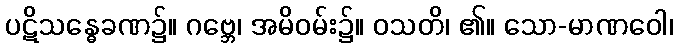
ပဋိသန္ဓေခဏ၌။ ဂဗ္ဘေ၊ အမိဝမ်း၌။ ဝသတိ၊ ၏။ သော-မာဏဝေါ၊